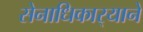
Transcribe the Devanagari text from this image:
सेनाधिकार्‍याने